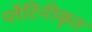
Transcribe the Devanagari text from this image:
प्लैटिनीकृत